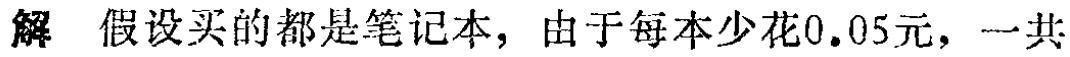
解 假设买的都是笔记本，由于每本少花\(0.05\)元，一共